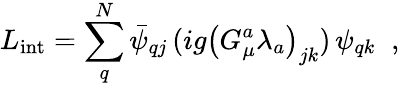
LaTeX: L_{\mathrm{int}}=\sum_{q}^{N}\bar{\psi}_{qj}\, (ig\left(G_{\mu}^{a}\lambda_{a}\right)_{jk})\, \psi_{qk}\; \; ,